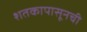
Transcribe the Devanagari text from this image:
शतकापासूनची